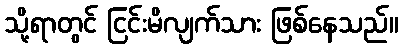
သို့ရာတွင် ငြင်းမိလျက်သား ဖြစ်နေသည်။